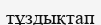
тұздықтап